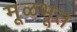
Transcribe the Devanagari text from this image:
मूळभूत